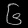
Digit: ၆